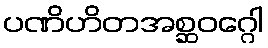
ပဏိဟိတအစ္ဆဝဂ္ဂေါ